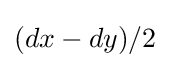
(dx-dy)/2